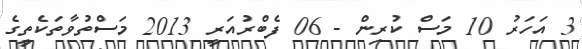
3 އަހަރު 10 މަސް ކުރިން - 06 ފެބްރުއަރީ 2013 މަސްތުވާތަކެތީގެ